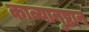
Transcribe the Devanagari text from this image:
काव्यानुष्ठान